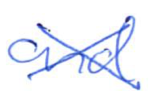
Text: and
Cross-out: cross
Writing tool: ballpoint